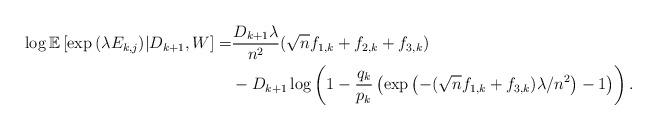
LaTeX: \begin{align*}\log \mathbb{E}\left[ \exp\left(\lambda E_{k,j}\right)\middle| D_{k+1},W\right]=&\frac{D_{k+1}\lambda}{n^2}(\sqrt{n}f_{1,k}+f_{2,k}+f_{3,k})\\&-D_{k+1}\log\left(1-\frac{q_k}{p_k}\left(\exp\left(-(\sqrt{n}f_{1,k}+f_{3,k})\lambda/n^2\right)-1\right)\right).\end{align*}